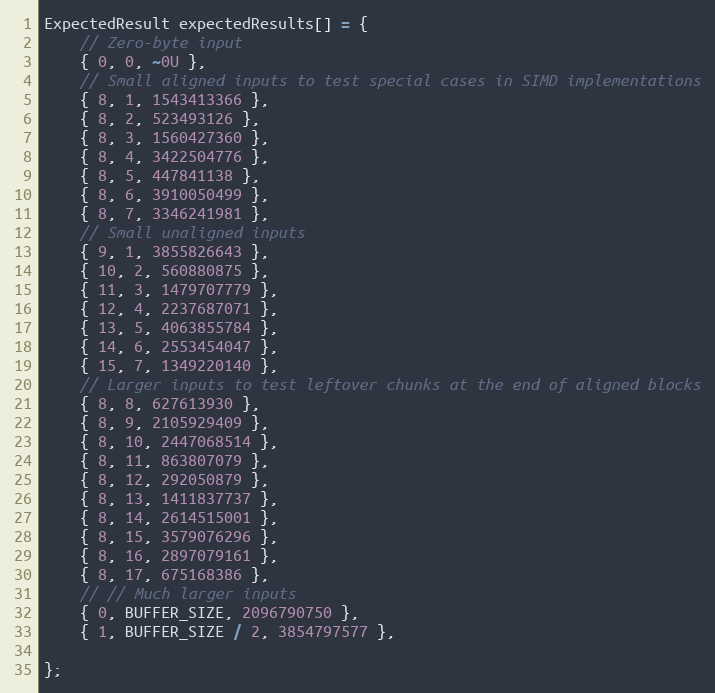
Language: C++
ExpectedResult expectedResults[] = {
    // Zero-byte input
    { 0, 0, ~0U },
    // Small aligned inputs to test special cases in SIMD implementations
    { 8, 1, 1543413366 },
    { 8, 2, 523493126 },
    { 8, 3, 1560427360 },
    { 8, 4, 3422504776 },
    { 8, 5, 447841138 },
    { 8, 6, 3910050499 },
    { 8, 7, 3346241981 },
    // Small unaligned inputs
    { 9, 1, 3855826643 },
    { 10, 2, 560880875 },
    { 11, 3, 1479707779 },
    { 12, 4, 2237687071 },
    { 13, 5, 4063855784 },
    { 14, 6, 2553454047 },
    { 15, 7, 1349220140 },
    // Larger inputs to test leftover chunks at the end of aligned blocks
    { 8, 8, 627613930 },
    { 8, 9, 2105929409 },
    { 8, 10, 2447068514 },
    { 8, 11, 863807079 },
    { 8, 12, 292050879 },
    { 8, 13, 1411837737 },
    { 8, 14, 2614515001 },
    { 8, 15, 3579076296 },
    { 8, 16, 2897079161 },
    { 8, 17, 675168386 },
    // // Much larger inputs
    { 0, BUFFER_SIZE, 2096790750 },
    { 1, BUFFER_SIZE / 2, 3854797577 },

};